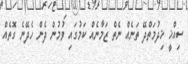
ސިއްޚީ ޚިދުމަތްދޭ ތަނެއް ނެތް ޒަމާނެއް ކަމުގައި ވުމުން ދެން ހެދޭނެ ގޮތެއް